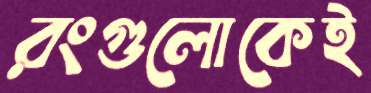
রংগুলোকেই